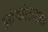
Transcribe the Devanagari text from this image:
आंकोलाजी